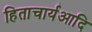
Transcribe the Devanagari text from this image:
हिताचार्यआदि